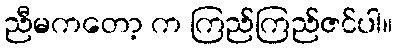
ညီမကတော့ က ကြည်ကြည်ဇင်ပါ။